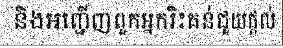
និងអញ្ជើញពួកអ្នករិះគន់ជួយផ្តល់